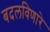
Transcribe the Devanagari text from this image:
बदलविणारे